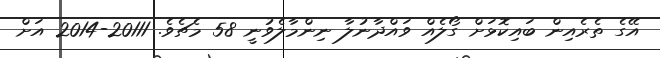
އޭގެ ތެރެއިން ބައިކޮޅަށް ގޯލެއް ވައްދާނުލާ ނިންމާލެވުނީ 58 މެޗެވެ. 20111-2014 އަށް